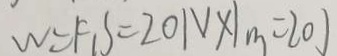
W = F _ { 1 } S = 2 0 N \times 1 _ { m } = 2 0 J